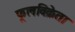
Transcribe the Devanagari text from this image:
फूलविक्रेता